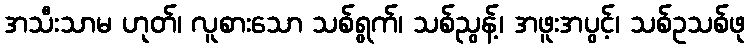
အသီးသာမ ဟုတ်၊ လူစားသော သစ်ရွက်၊ သစ်ညွန့်၊ အဖူးအပွင့်၊ သစ်ဥသစ်ဖု